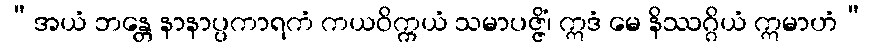
“အယံ ဘန္တေ နာနာပ္ပကာရကံ ကယဝိက္ကယံ သမာပဇ္ဇိံ၊ ဣဒံ မေ နိဿဂ္ဂိယံ ဣမာဟံ”